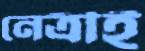
নেত্রীই